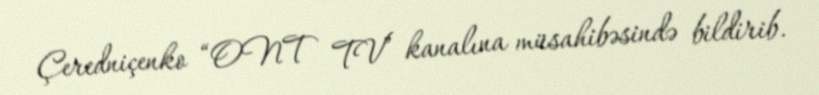
Çeredniçenko “ONT TV” kanalına müsahibəsində bildirib.